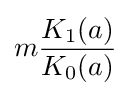
m{\frac {K_{1}(a)}{K_{0}(a)}}